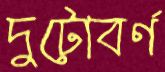
দুটোবর্ণ